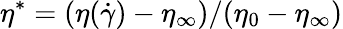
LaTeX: \eta^{*}=(\eta(\dot{\gamma})-\eta_{\infty})/(\eta_{0}-\eta_{\infty})